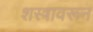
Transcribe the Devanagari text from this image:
शस्त्रावरून